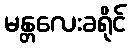
မန္တလေးခရိုင်